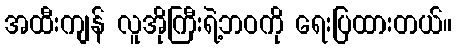
အထီးကျန် လူအိုကြီးရဲ့ဘဝကို ရေးပြထားတယ်။